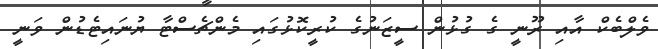
ވެލްބެކް އާއި ރޫނީ ގެ ގުޅުން ސީޒަނުގެ ކުރީކޮޅުގައި މެންޗެސްޓާ ޔުނައިޓެޑުން ވަނީ